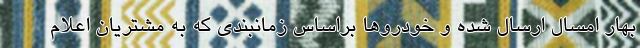
بهار امسال ارسال شده و خودروها براساس زمانبندی که به مشتریان اعلام